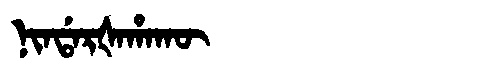
Manchu: ᠨᡳᠨᡩᠠᡵᡧᠠᡥᠠᡴᡡ
Romanization: NINDARŠAHAKŪ